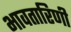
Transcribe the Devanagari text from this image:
भावतारिणी